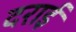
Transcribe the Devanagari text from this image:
दराई